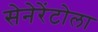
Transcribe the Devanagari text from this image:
सेनेरेंटोला